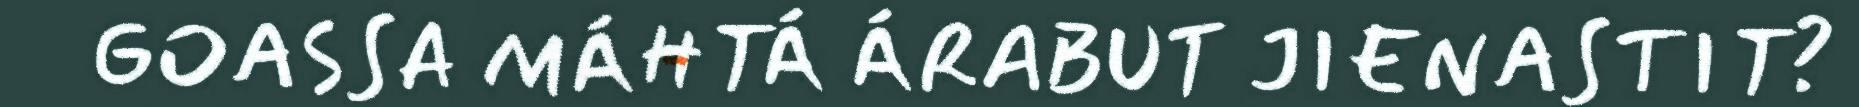
GOASSA MÁHTÁ ÁRABUT JIENASTIT?